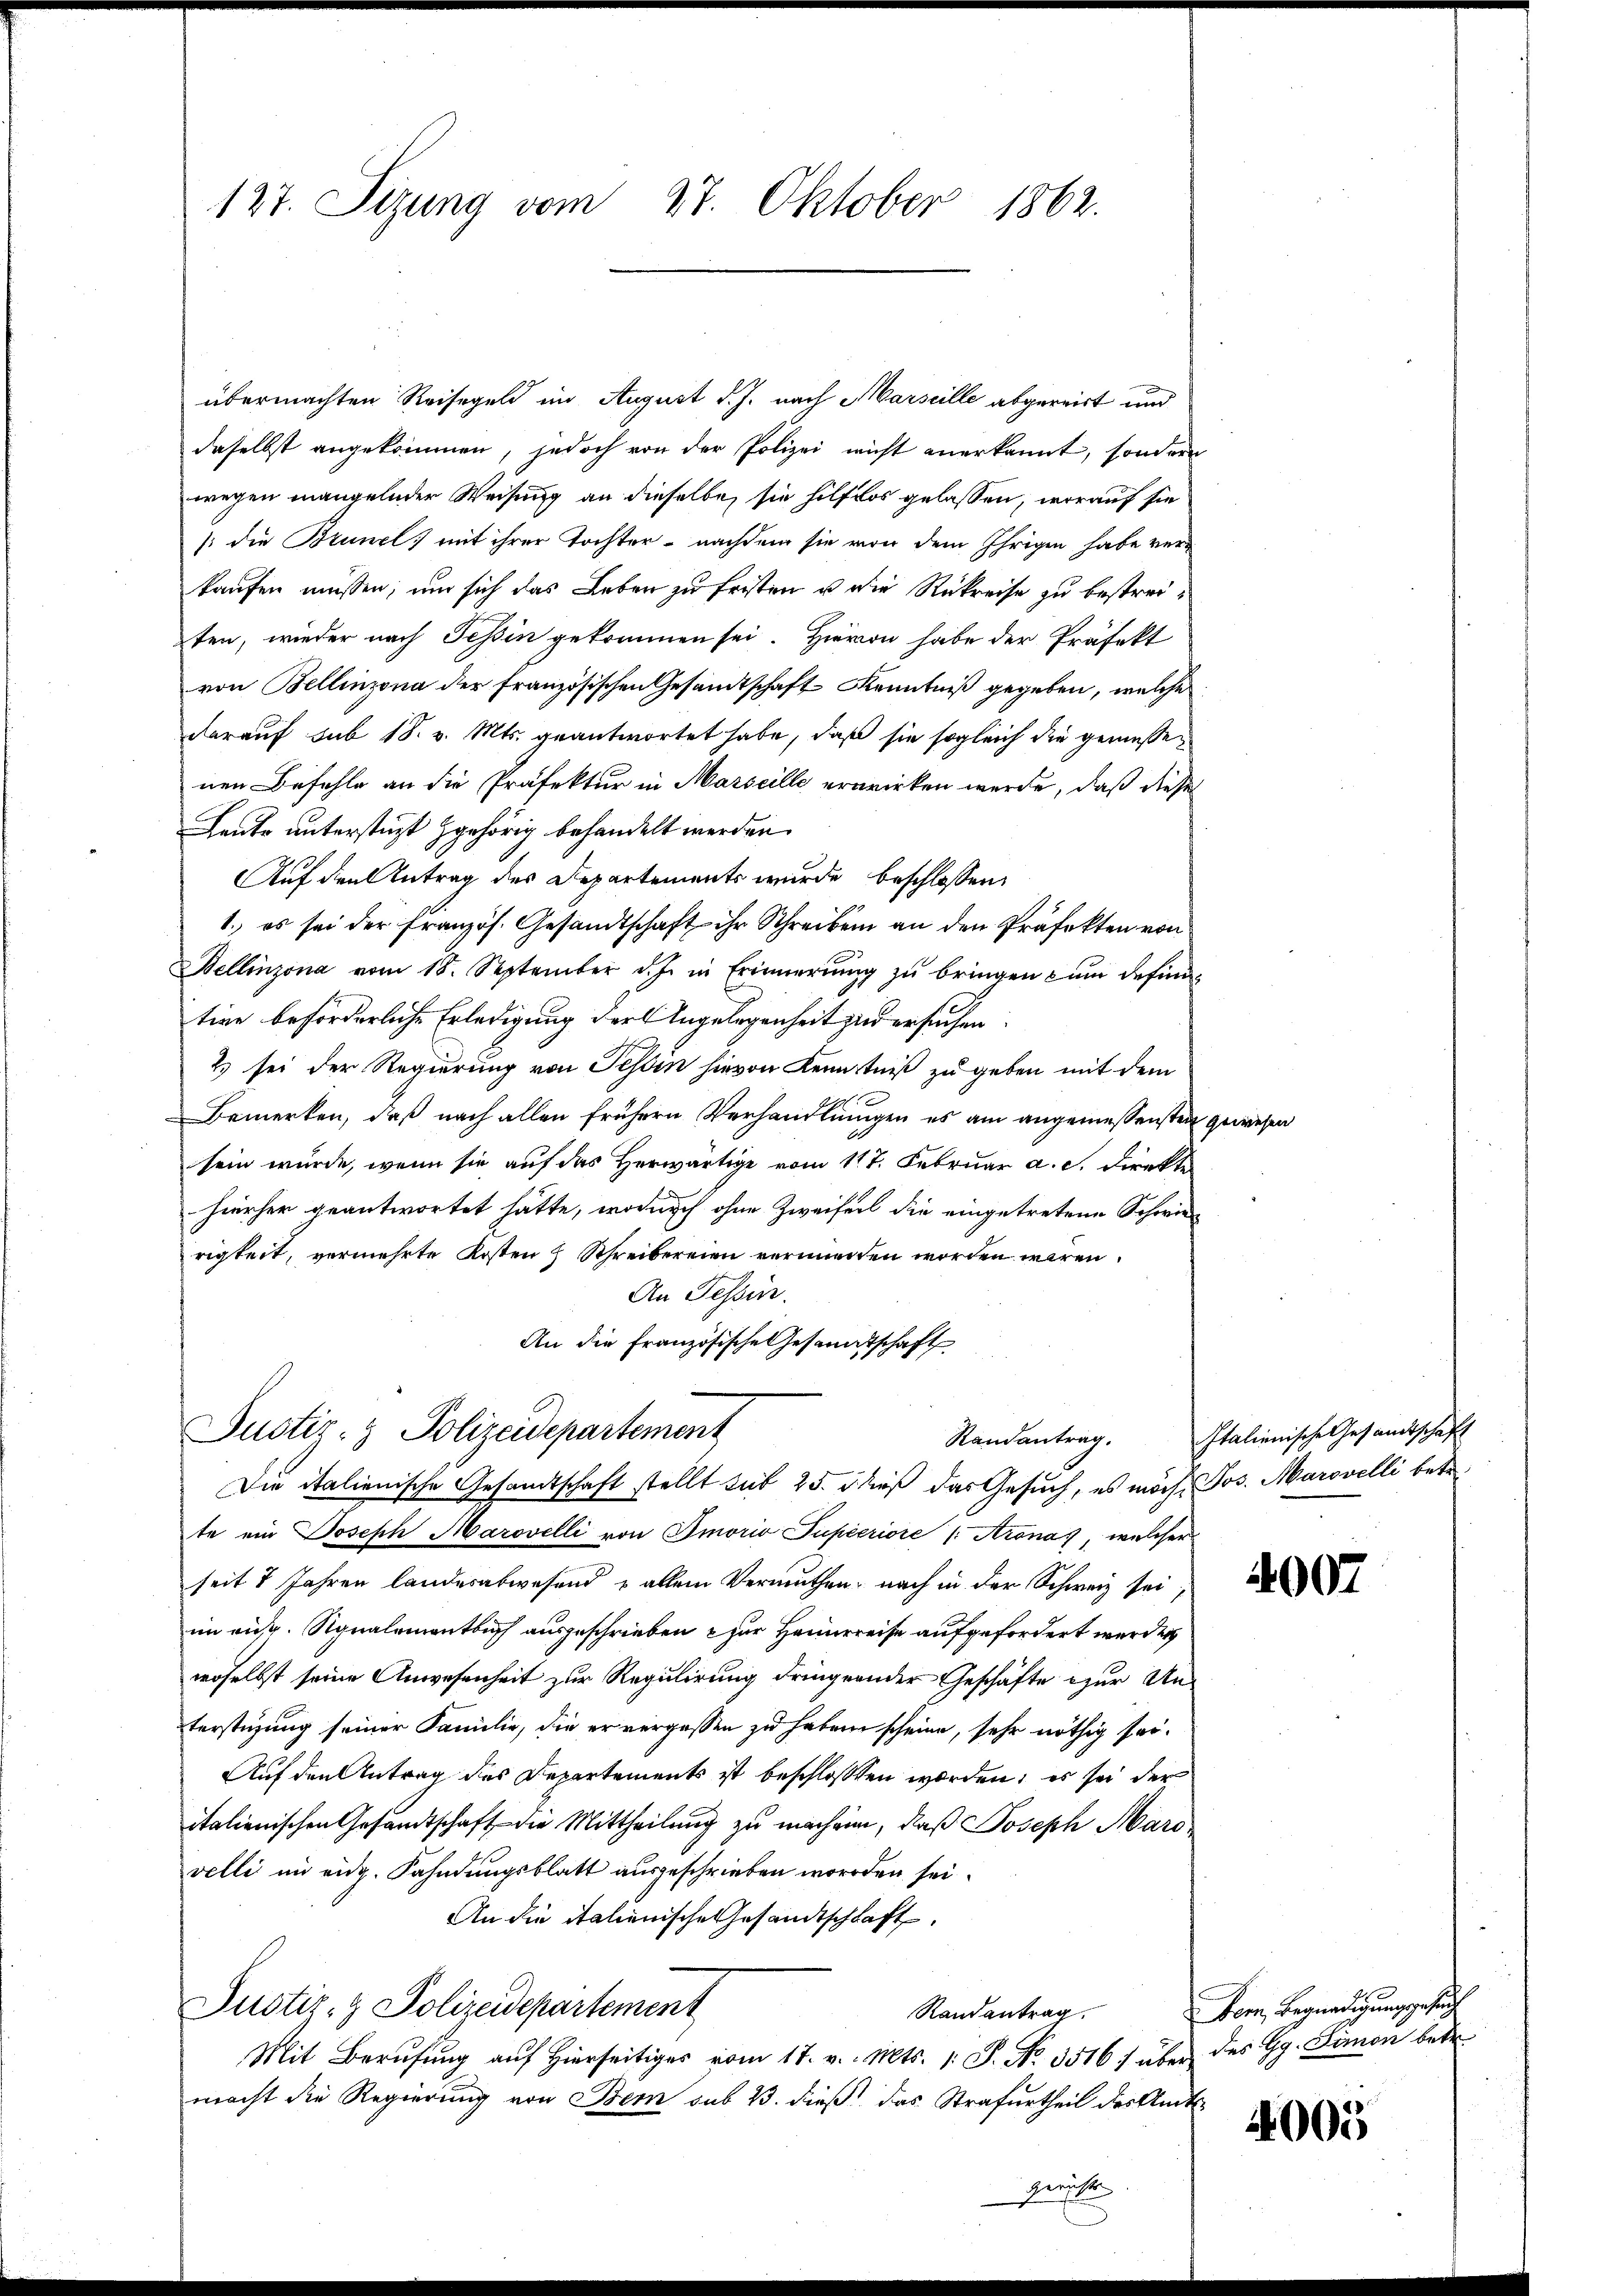
127. Sizung vom 27. Oktober 1862.

übermachten Reisegeld im August d. J. nach Marseille abgereist und
daselbst angekommen, jedoch von der Polizei nicht anerkannt, sondern
wegen mangelnder Weisung an dieselbe, sie hilflos gelassen, worauf sie
/:die Brunel; mit ihrer Tochter - nachdem sie von dem Ihrigen habe ver-
kaufen müssen, um sich das Leben zu fristen u die Rükreise zu bestreiten, wieder nach Tessin gekommen sei. Hievon habe der Präfekt
von Bellinzona der französischen Gesandtschaft Kenntniß gegeben, welche
darauf sub 18. v. Mts. geantwortet habe, daß sie sogleich die gemesse
nen Befehle an die Präfektur in Marseille erwirken werde, daß diese
Leute unterstüzt gehörig behandelt werden.
Auf den Antrag des Departements wurde beschlossen,
1.) es sei der französ. Gesandtschaft ihr Schreiben an den Präfekten von
Bellinzona vom 18. September d. Js. in Erinnerŭng zŭ bringen u ŭm defini-
tion beförderliche Erledigung der Angelegenheit zu ersuchen
2 sei der Regierung von Tessin hievon Kenntniß zu geben mit dem
Bemerken, daß nach allen frühern Verhandlungen es am angemessensten gede
sein würde, wenn sie auf das Herwärtige vom 117. Februar a. c. Direkte
hierher geantwortet hätte, wodurch ohne Zweiferl die eingetretene Schwierigkeit, vermehrte Kosten Schreibereien verminden worden wären.
An Tessin.
An die Französische Gesandtschaft

Justiz- & Polizeidepartement
Die italienische Gesandtschaft stellt sub 25. dieß das Gesuch, es möch, Jos. Marovelli betr.

te ein Joseph Marovelli von Imoria Pupieriore /: Aronas, welcher
seit 2 Jahren landesabwesend u allein Vermuthen, nach in der Schweiz sei,
in ausg. Signalementbuch ausgeschrieben zur Heinreise aufgefordert werden
woselbst seine Anwesenheit zur Regulirung dringernder Geschäfte zur Unterstüzung seiner Familie, die er vergessen zu haben scheine, sehr nöthig sei¬
Auf den Antrag des Departements ist beschlossen worden, es sei der
italienischen Gesandtschaft die Mittheilung zu machein, daß Joseph Marovelli im eidg. Fahndungsblatt ausgeschrieben worden sei.
An die italienische Gesandtschaft.
Justiz- & Polizeidepartement
Randantrag.
Mit Berufung auf hierseitiges vom 17. v. Mts. 1. J. No. 3516 :/ über des Gg. Limon betr.
macht die Regierung von Bern sub 23. dieß das Strafurtheil des Amtsgerichte

eehalt

Randantrag. Italienische Gesandtschaft

4007

Vom Begnadigung gesuch

4005